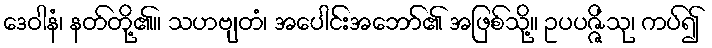
ဒေဝါနံ၊ နတ်တို့၏။ သဟဗျတံ၊ အပေါင်းအဘော်၏ အဖြစ်သို့။ ဥပပဇ္ဇိံသု၊ ကပ်၍